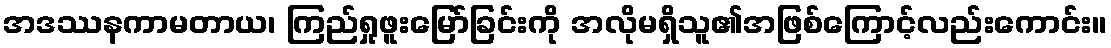
အဒဿနကာမတာယ၊ ကြည်ရှုဖူးမြော်ခြင်းကို အလိုမရှိသူ၏အဖြစ်ကြောင့်လည်းကောင်း။